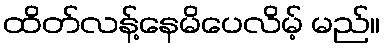
ထိတ်လန့်နေမိပေလိမ့် မည်။